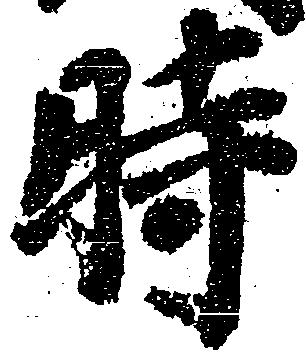
時